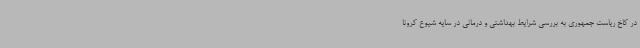
در کاخ ریاست جمهوری به بررسی شرایط بهداشتی و درمانی در سایه شیوع کرونا